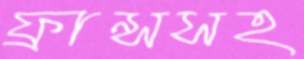
ফ্রান্সসহ